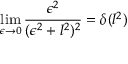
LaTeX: \operatorname * { l i m } _ { \epsilon \to 0 } \frac { \epsilon ^ { 2 } } { ( \epsilon ^ { 2 } + l ^ { 2 } ) ^ { 2 } } = \delta ( l ^ { 2 } )